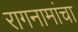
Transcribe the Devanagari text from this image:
रागनामांचा